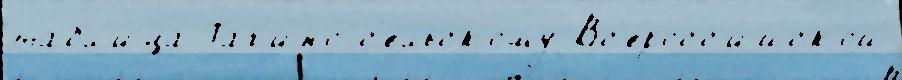
табл'и́ца Таг'ино с'е́льскому Вс'еросс'и́йской